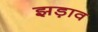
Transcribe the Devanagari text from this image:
झड़ाव